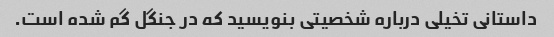
داستانی تخیلی درباره شخصیتی بنویسید که در جنگل گم شده است.